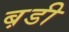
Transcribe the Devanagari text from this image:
ब़डी